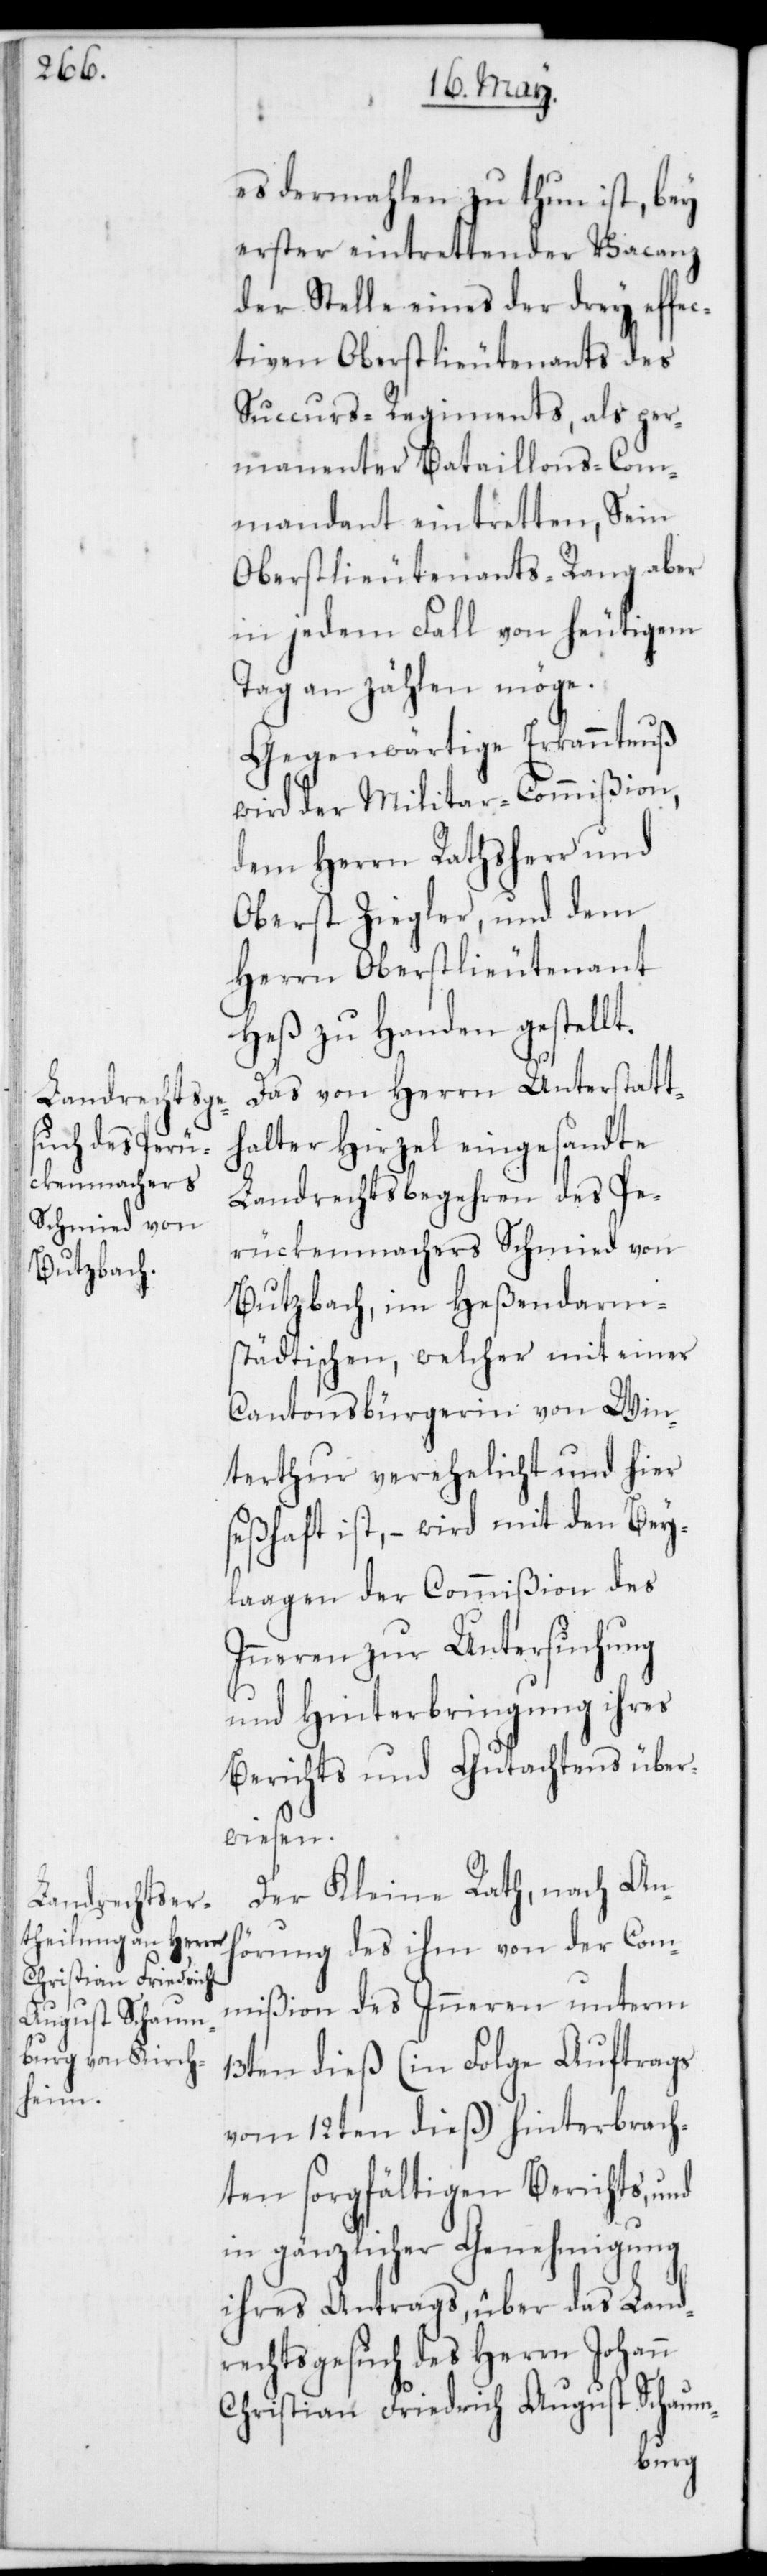
es dermahlen zu tun ist, bey
erster eintretender Vacanz
der Stelle eines der drei effe¬
ctiven Oberstlieutenants des
Succurs-Regiments, als per¬
manenter Bataillons-Kom¬
mandant eintreten, sein
Oberstlieutenants-Rang aber
in jedem Fall von heutigem
Tag an zählen möge.
Gegenwärtige Erkanntnus
wird der Militaircommißion,
dem Herrn Ratsherr und
Oberst Ziegler und dem
Herrn Oberstlieutenant
Heß zu Handen gestellt.
Das von Herrn Unterstatt¬
halter Hirzel eingesandte
Landrechtsbegehren des Pe¬
rückenmachers Schmied
Butzbach, im Heßendarm¬
städtischen, welcher mit einer
Cantonsbürgerin von Win¬
terthur verehelicht und hier
seßhaft ist, – wird mit den Bey¬
laagen der Commißion des
Inneren zur Untersuchung
und Hinterbringung ihres
Berichts und Gutachtens über¬
wiesen.
Der Kleine Rath, nach Anh¬
örung des ihm von der Com¬
mißion des Inneren unterm
13ten dieß (in Folge Auftrags
vom 12ten dieß) hinterbrach¬
ten sorgfältigen Berichts, und
in gänzlicher Genehmigung
ihres Antrags, über das Land¬
rechtsgesuch des Herrn Johann
Christian Friedrich August Schaum-